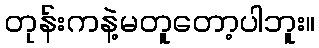
တုန်းကနဲ့မတူတော့ပါဘူး။